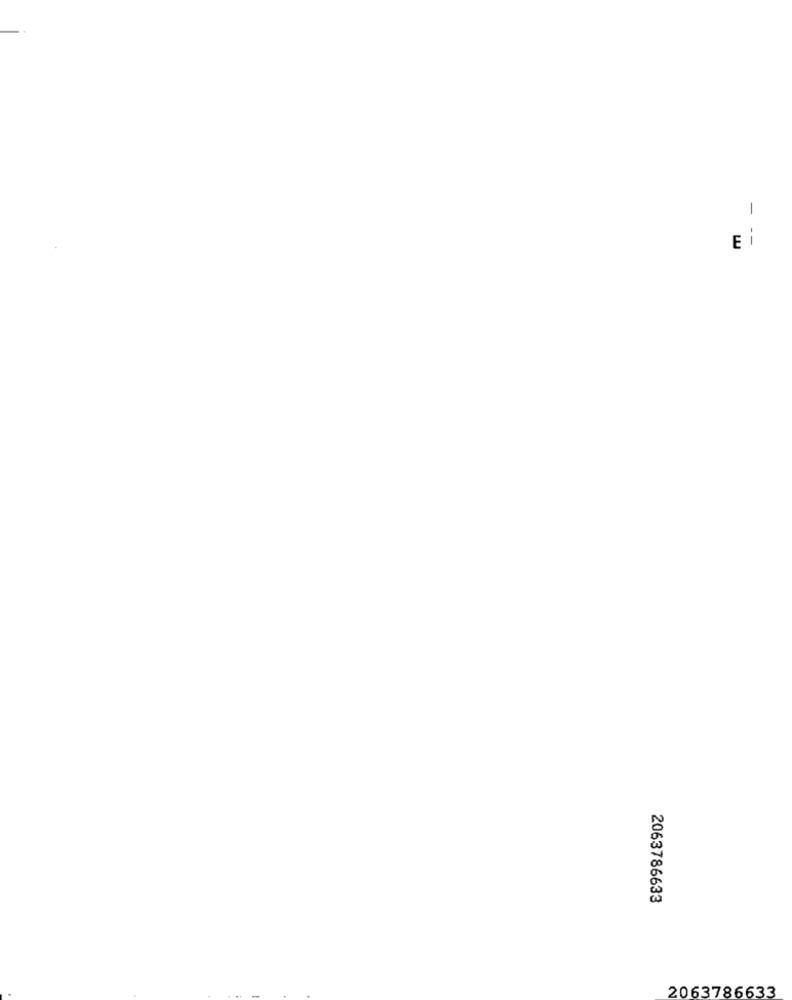
Ei
2063786633
2063786633